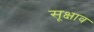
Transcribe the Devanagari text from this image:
सूक्षाव